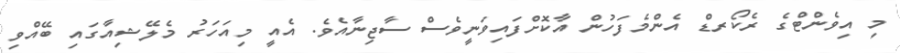
މި އިވެންޓްގެ ރެކޯރޑް އެންމެފަހުން އާކޮށްފައިވަނީވެސް ސާޖިނާއެވެ. އެއީ މިއަހަރު މެލޭޝިއާގައި ބޭއްވި